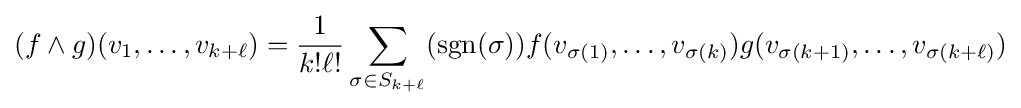
(f\wedge g)(v_{1},\ldots ,v_{k+\ell })={\frac {1}{k!\ell !}}\sum _{\sigma \in S_{k+\ell }}(\operatorname {sgn}(\sigma ))f(v_{\sigma (1)},\ldots ,v_{\sigma (k)})g(v_{\sigma (k+1)},\ldots ,v_{\sigma (k+\ell )})